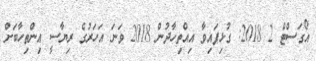
އޯގަސްޓް 2 2018: ގުޅިފައިވާ އިއްތިހާދުން 2018 ވަނަ އަހަރުގެ ރިޔާސީ އިންތިހާބަށް